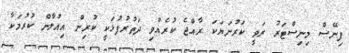
ފިނޭސް މިނިސްޓަރު ރަވީ ކަރުނަޔަކަ ރާއްޖެ ކުރެއްވި ދަތުރުފުޅަކީ ކުރިން އިއުލާން ކުރުމަކާ